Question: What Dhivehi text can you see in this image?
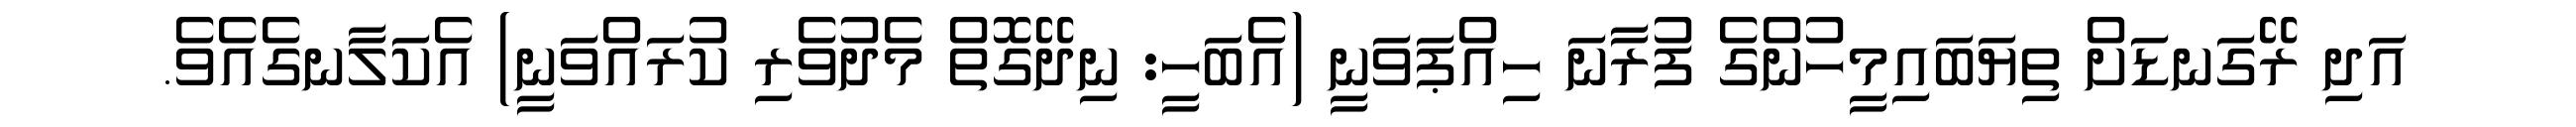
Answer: އަދި ރޭގަނޑަށް ތިޔަބައިމީހުންގެ ފުރާނަ ހިއްޕަވަނީ (އެބަހީ: ނިދޭގޮތް މެދުވެރި ކުރައްވަނީ) އެކަލާނގެއެވެ.